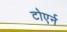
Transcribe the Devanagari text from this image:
टोएर्न